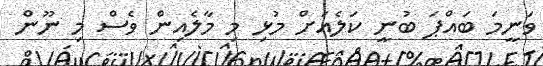
ވަނީމަ ބައްޕަ ބުނީ ކަލެއަށް މުޅި މި މާލެއިން ވެސް މި ނޫން